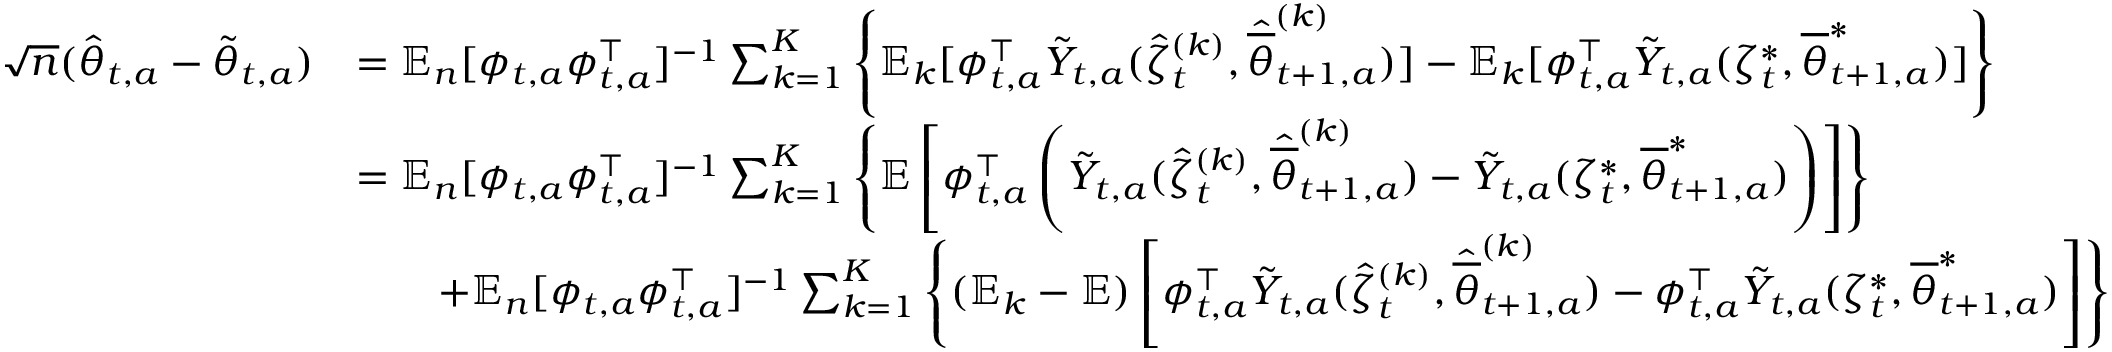
\begin{array} { r l } { \sqrt { n } ( \hat { \theta } _ { t , a } - \tilde { \theta } _ { t , a } ) } & { = \mathbb E _ { n } [ \phi _ { t , a } \phi _ { t , a } ^ { \top } ] ^ { - 1 } \sum _ { k = 1 } ^ { K } \left\{ \mathbb E _ { k } [ \phi _ { t , a } ^ { \top } \tilde { Y } _ { t , a } ( \hat { \zeta } _ { t } ^ { ( k ) } , \hat { \overline { { \theta } } } _ { t + 1 , a } ^ { ( k ) } ) ] - \mathbb E _ { k } [ \phi _ { t , a } ^ { \top } \tilde { Y } _ { t , a } ( \zeta _ { t } ^ { * } , { \overline { { \theta } } } _ { t + 1 , a } ^ { * } ) ] \right\} } \\ & { = \mathbb E _ { n } [ \phi _ { t , a } \phi _ { t , a } ^ { \top } ] ^ { - 1 } \sum _ { k = 1 } ^ { K } \left\{ \mathbb E \left[ \phi _ { t , a } ^ { \top } \left( \tilde { Y } _ { t , a } ( \hat { \zeta } _ { t } ^ { ( k ) } , \hat { \overline { { \theta } } } _ { t + 1 , a } ^ { ( k ) } ) - \tilde { Y } _ { t , a } ( \zeta _ { t } ^ { * } , { \overline { { \theta } } } _ { t + 1 , a } ^ { * } ) \right) \right] \right\} } \\ & { \qquad + \mathbb E _ { n } [ \phi _ { t , a } \phi _ { t , a } ^ { \top } ] ^ { - 1 } \sum _ { k = 1 } ^ { K } \left\{ ( \mathbb E _ { k } - \mathbb E ) \left[ \phi _ { t , a } ^ { \top } \tilde { Y } _ { t , a } ( \hat { \zeta } _ { t } ^ { ( k ) } , \hat { \overline { { \theta } } } _ { t + 1 , a } ^ { ( k ) } ) - \phi _ { t , a } ^ { \top } \tilde { Y } _ { t , a } ( \zeta _ { t } ^ { * } , { \overline { { \theta } } } _ { t + 1 , a } ^ { * } ) \right] \right\} } \end{array}